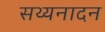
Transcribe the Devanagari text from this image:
सथ्यनादन